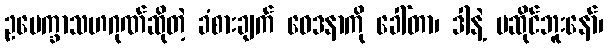
ဥပေက္ခာသဟဂုဏ်ဆိုတဲ့ ခံစားချက် ဝေဒနာကို ခေါ်တာ၊ ဒါနဲ့ မဆိုင်ဘူးနော်၊